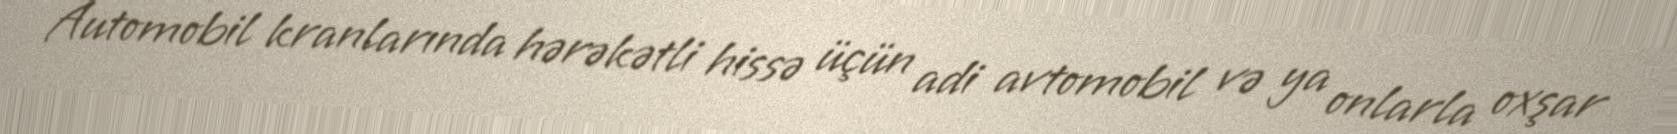
Automobil kranlarında hərəkətli hissə üçün adi avtomobil və ya onlarla oxşar